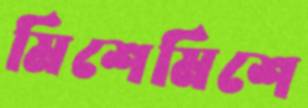
মিশেমিশে